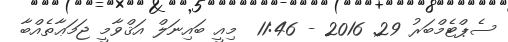
ސެޕްޓެމްބަރު 29